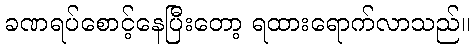
ခဏရပ်စောင့်နေပြီးတော့ ရထားရောက်လာသည်။